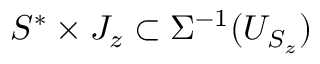
S ^ { * } \times J _ { z } \subset \Sigma ^ { - 1 } ( U _ { S _ { z } } )